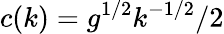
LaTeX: c(k)=g^{1/2}k^{-1/2}/2